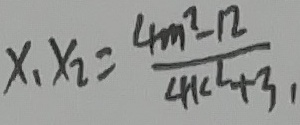
x _ { 1 } x _ { 2 } = \frac { 4 m ^ { 2 } - 1 2 } { 4 k ^ { 2 } + 3 } ,